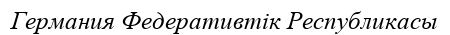
Германия Федеративтік Республикасы